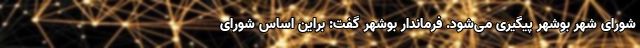
شورای شهر بوشهر پیگیری می‌شود. فرماندار بوشهر گفت: براین اساس شورای